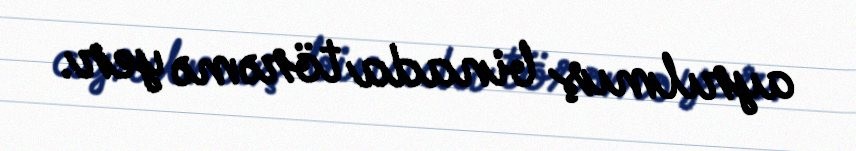
ayrılmış binada törəmə yer.